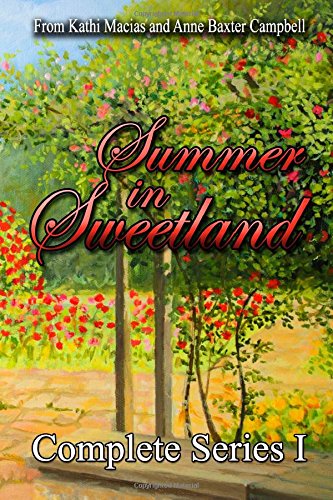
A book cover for Summer in Sweetland Complete Series; Anne Baxter Campbell; Romance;